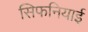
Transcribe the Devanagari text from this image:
सिफनियाई